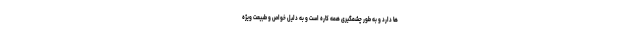
ها دارد و به طور چشمگیری همه کاره است و به دلیل خواص و طبیعت ویژه